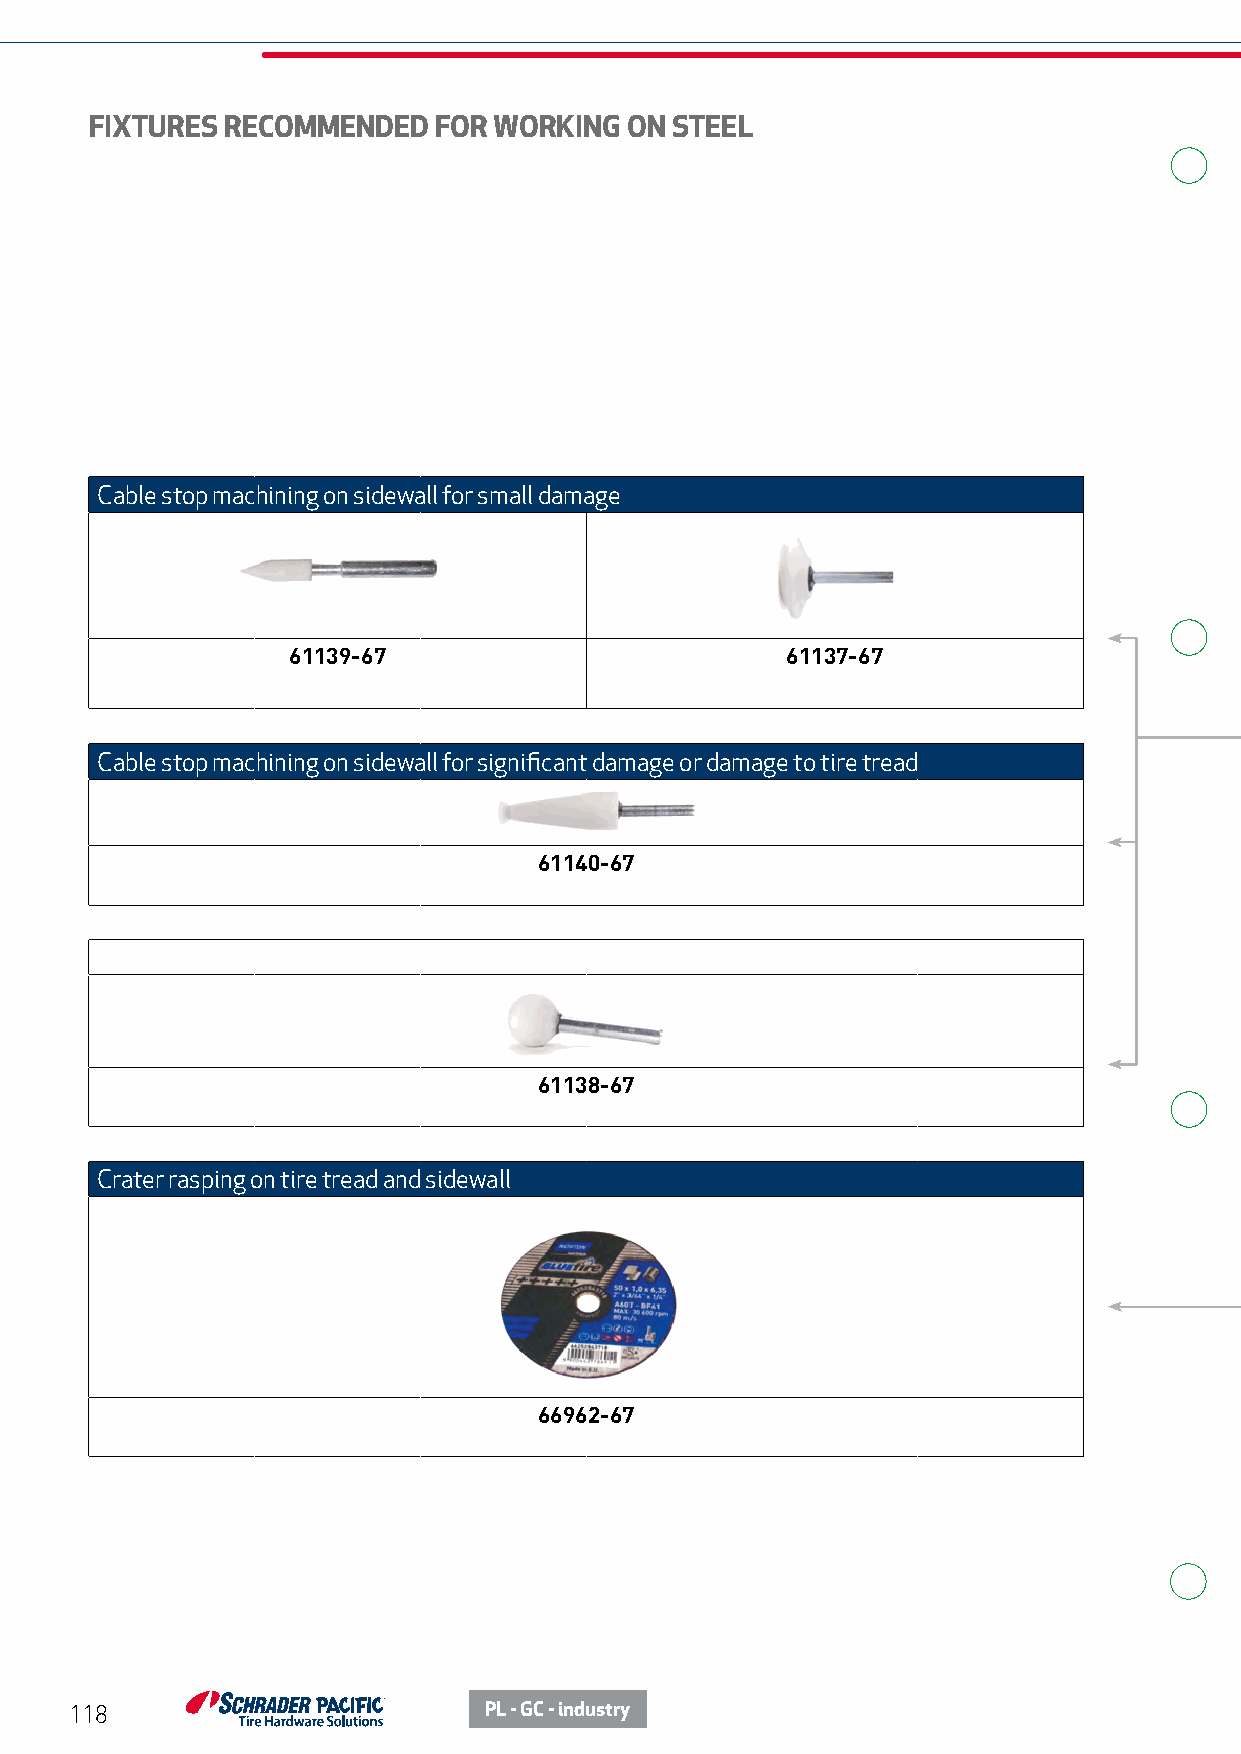
FIXTURES RECOMMENDED   FOR WORKING  ON STEEL
 Cable stop machining on sidewall for small damage
 61139-67                         61137-67
 Cable stop machining on sidewall for significant damage or damage to tire tread
 61140-67
 61138-67
 Crater rasping on tire tread and sidewall
 66962-67
 118                        PL - GC - industry